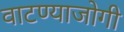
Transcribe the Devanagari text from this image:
वाटण्याजोगी